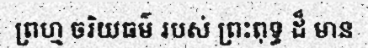
ព្រហ្ម ចរិយធម៌ របស់ ព្រះពុទ្ធ ដ៏ មាន